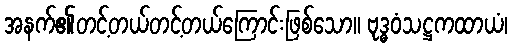
အနက်၏တင့်တယ်တင့်တယ်ကြောင်းဖြစ်သော။ ဗုဒ္ဓဝံသဋ္ဌကထာယံ၊